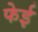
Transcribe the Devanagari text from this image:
फेई